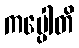
ကပ္ပေါတိ